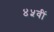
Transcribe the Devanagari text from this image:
४५वीं